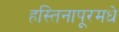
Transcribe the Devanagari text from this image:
हस्तिनापूरमधे